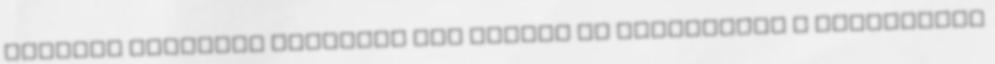
egyszer legalább hallgasd meg igazán jó minőségben A felvételen